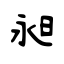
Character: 昶